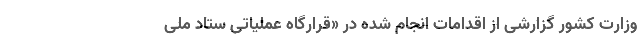
وزارت کشور گزارشی از اقدامات انجام شده در «قرارگاه عملیاتی ستاد ملی